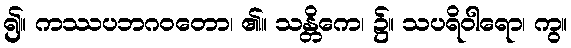
၍။ ကဿပဘဂဝတော၊ ၏။ သန္တိကေ၊ ၌။ သပရိဝါရော၊ ကွ။